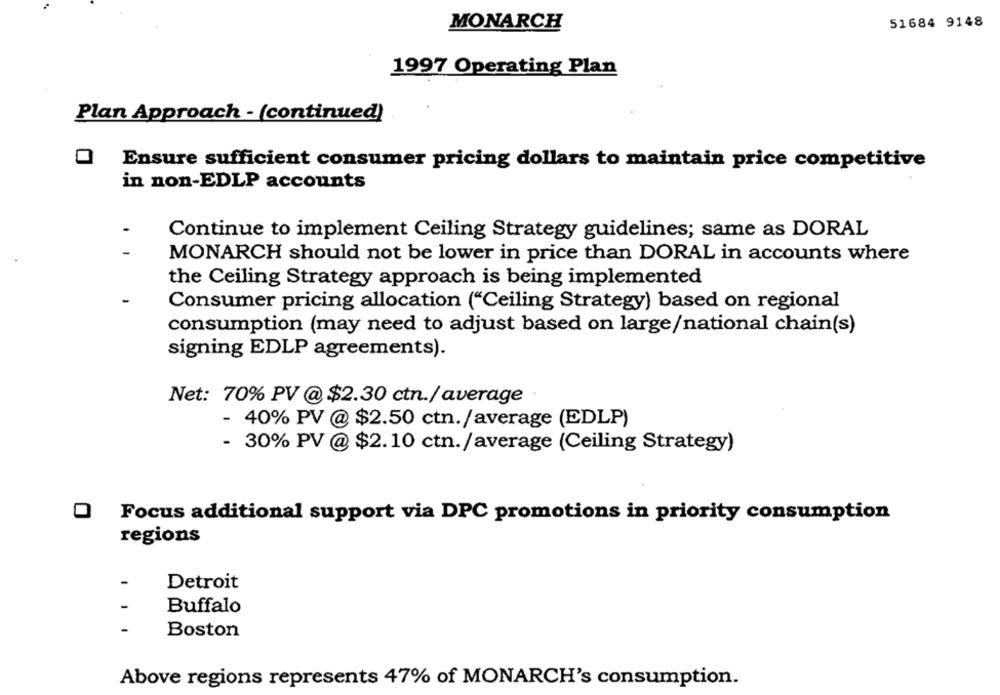
MONARCH
51684 9148
1997 Operating Plan
Plan Approach - (continued)
Ensure sufficient consumer pricing dollars to maintain price competitive
in non-EDLP accounts
Continue to implement Ceiling Strategy guidelines; same as DORAL
MONARCH should not be lower in price than DORAL in accounts where
the Ceiling Strategy approach is being implemented
Consumer pricing allocation ("Ceiling Strategy) based on regional
consumption (may need to adjust based on large/national chain(s)
signing EDLP agreements).
Net: 70% PV @ $2.30 ctn./average
- 40% PV @ $2.50 ctn./average (EDLP)
- 30% PV @ $2.10 ctn./average (Ceiling Strategy)
0
Focus additional support via DPC promotions in priority consumption
regions
-
Detroit
Buffalo
Boston
Above regions represents 47% of MONARCH's consumption.